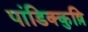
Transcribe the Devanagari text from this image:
पांडिक्कुष़ि